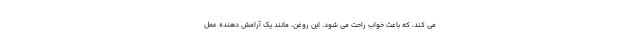
می کند، که باعث خواب راحت می شود. این روغن، مانند یک آرامش دهنده عمل